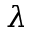
\lambda